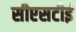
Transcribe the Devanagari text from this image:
सीएसटीई